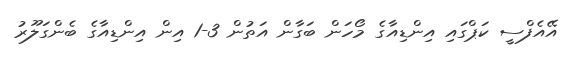
އޭއެފްސީ ކަޕްގައި އިންޑިއާގެ މޯހަން ބަގާން އަތުން 3-1 އިން އިންޑިއާގެ ބެންގަލޫރު